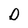
Character: D